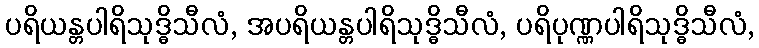
ပရိယန္တပါရိသုဒ္ဓိသီလံ, အပရိယန္တပါရိသုဒ္ဓိသီလံ, ပရိပုဏ္ဏပါရိသုဒ္ဓိသီလံ,